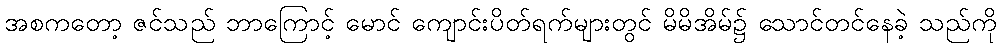
အစကတော့ ဇင်သည် ဘာကြောင့် မောင် ကျောင်းပိတ်ရက်များတွင် မိမိအိမ်၌ သောင်တင်နေခဲ့ သည်ကို